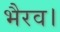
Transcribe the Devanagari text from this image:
भैरव।